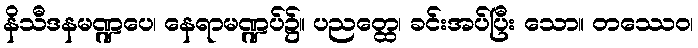
နိသီဒနမဏ္ဍပေ၊ နေရာမဏ္ဍပ်၌။ ပညတ္ထေ၊ ခင်းအပ်ပြီး သော။ တဿေဝ၊